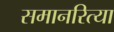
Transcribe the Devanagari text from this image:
समानरित्या